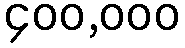
၄၀၀,၀၀၀